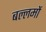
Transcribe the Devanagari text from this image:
बल्लमों